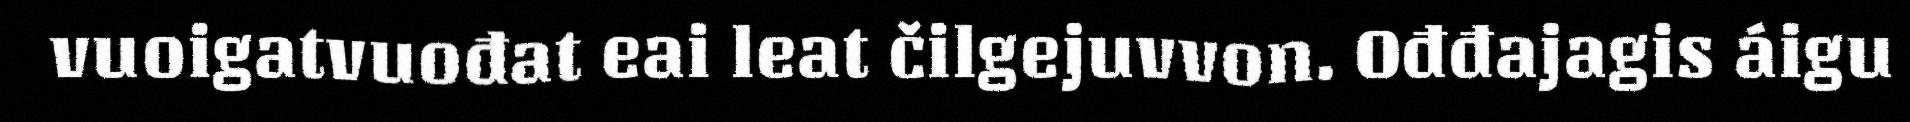
vuoigatvuođat eai leat čilgejuvvon. Ođđajagis áigu